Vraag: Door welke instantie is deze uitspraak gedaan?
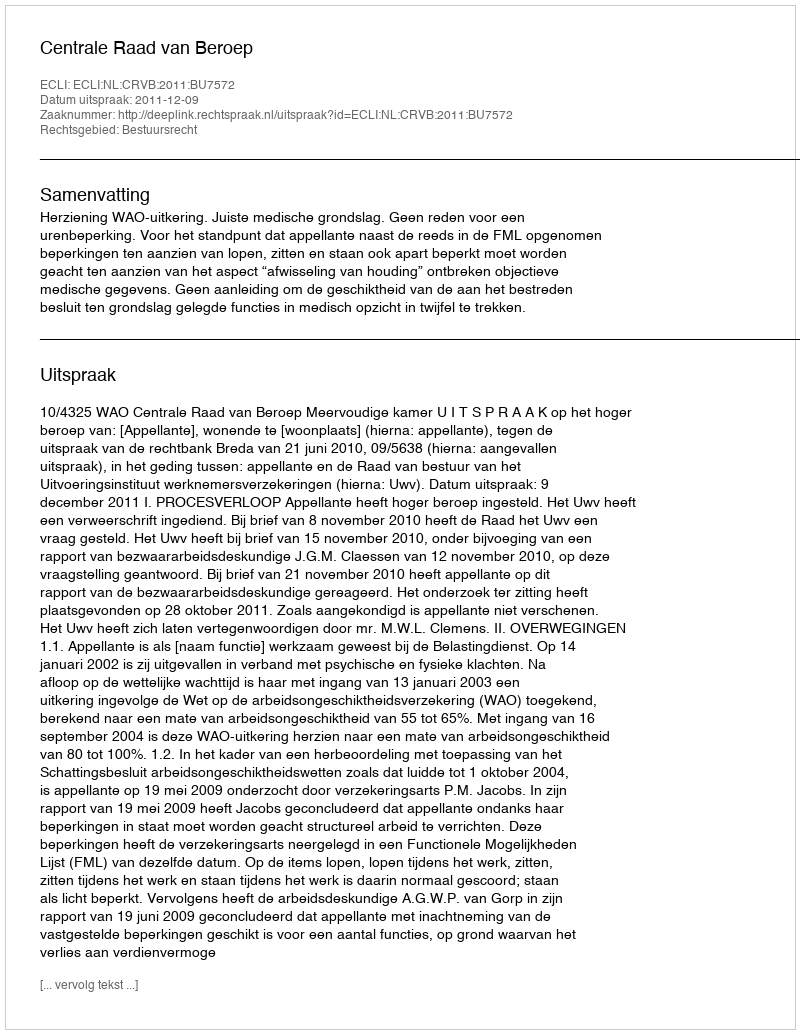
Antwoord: Centrale Raad van Beroep